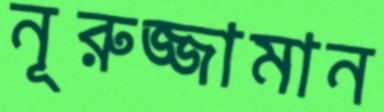
নূরুজ্জামান